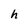
Character: h